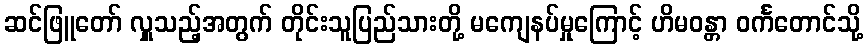
ဆင်ဖြူတော် လှူသည့်အတွက် တိုင်းသူပြည်သားတို့ မကျေနပ်မှုကြောင့် ဟိမဝန္တာ ဝင်္ကတောင်သို့